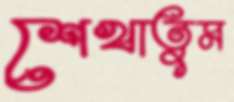
শেখাতুম